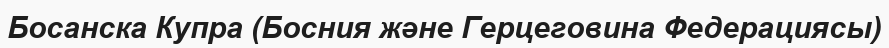
Босанска Купра (Босния және Герцеговина Федерациясы)